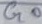
Text: G0